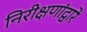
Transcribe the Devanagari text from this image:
निरीक्षणांद्वारे